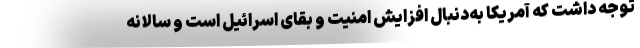
توجه داشت که آمریکا به‌دنبال افزایش امنیت و بقای اسرائیل است و سالانه